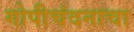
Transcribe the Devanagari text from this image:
गोपीचंदनाचा